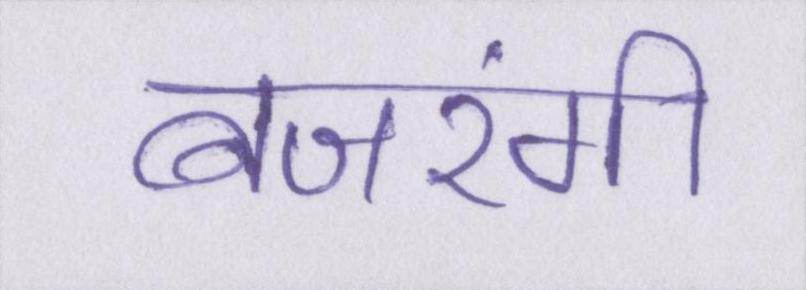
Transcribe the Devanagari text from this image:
बजरंगी